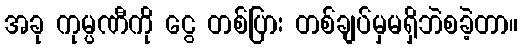
အခု ကုမ္ပဏီကို ငွေ တစ်ပြား တစ်ချပ်မှမရှိဘဲစခဲ့တာ။